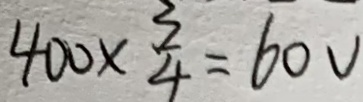
4 0 0 \times \frac { 3 } { 4 } = 6 0 v